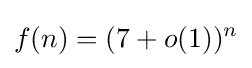
f(n)=(7+o(1))^{n}